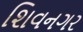
શિવનગર